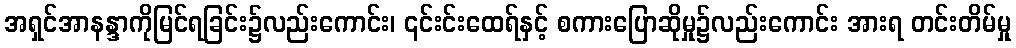
အရှင်အာနန္ဒာကိုမြင်ရခြင်း၌လည်းကောင်း၊ ၎င်းင်းထေရ်နှင့် စကားပြောဆိုမှု၌လည်းကောင်း အားရ တင်းတိမ်မှု